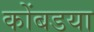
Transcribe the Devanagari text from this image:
कोंबडया